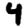
Digit: 4